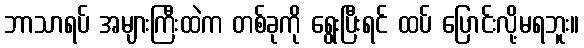
ဘာသာရပ် အများကြီးထဲက တစ်ခုကို ရွေးပြီးရင် ထပ် ပြောင်းလို့မရဘူး။